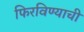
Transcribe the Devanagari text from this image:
फिरविण्याची